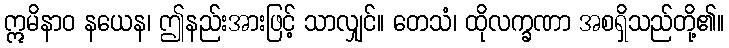
ဣမိနာဝ နယေန၊ ဤနည်းအားဖြင့် သာလျှင်။ တေသံ၊ ထိုလက္ခဏာ အစရှိသည်တို့၏။